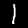
Digit: 1